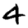
Digit: 4